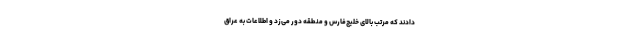
دادند که مرتب بالای خلیج‌فارس و منطقه دور می‌زد و اطلاعات به عراق